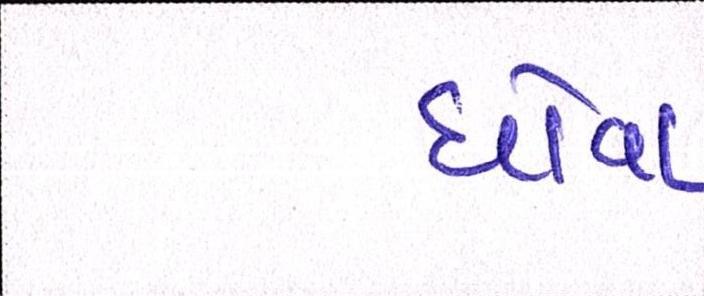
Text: ધોવા